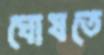
ঘোষতে